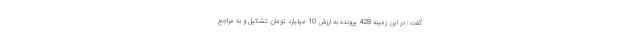
گفت: در این زمینه 428 پرونده به ارزش 10 میلیارد تومان تشکیل و به مراجع